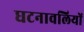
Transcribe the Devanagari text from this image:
घटनावलियों